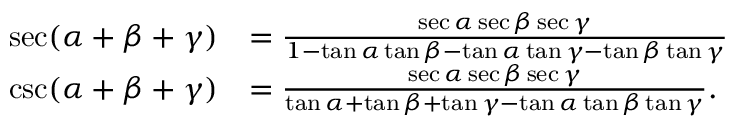
{ \begin{array} { r l } { \sec ( \alpha + \beta + \gamma ) } & { = { \frac { \sec \alpha \sec \beta \sec \gamma } { 1 - \tan \alpha \tan \beta - \tan \alpha \tan \gamma - \tan \beta \tan \gamma } } } \\ { \csc ( \alpha + \beta + \gamma ) } & { = { \frac { \sec \alpha \sec \beta \sec \gamma } { \tan \alpha + \tan \beta + \tan \gamma - \tan \alpha \tan \beta \tan \gamma } } . } \end{array} }